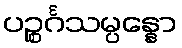
ပဉ္စင်္ဂသမ္ပန္နော